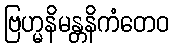
ဗြဟ္မနိမန္တနိကံတေဝ